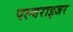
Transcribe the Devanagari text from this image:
पल्वराइजर